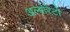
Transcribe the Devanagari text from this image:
अल्बोरेटो